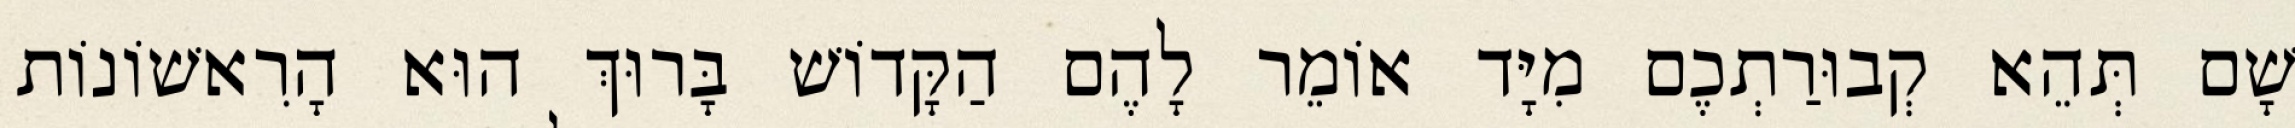
שָׁם תְּהֵא קְבוּרַתְכֶם מִיָּד אוֹמֵר לָהֶם הַקָּדוֹשׁ בָּרוּךְ הוּא הָרִאשׁוֹנוֹת